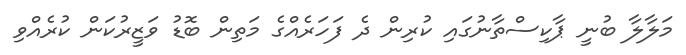
މަލާލާ ބުނީ ޕާކިސްތާނުގައި ކުރިން ދެ ފަހަރެއްގެ މަތިން ބޮޑު ވަޒީރުކަން ކުރެއްވި